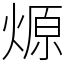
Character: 㷧